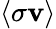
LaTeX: \left\langle\sigma\mathbf{v}\right\rangle